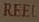
REEL